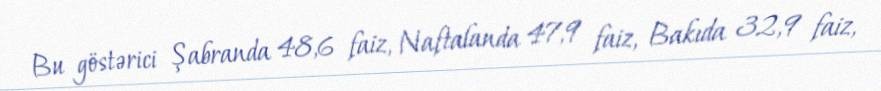
Bu göstərici Şabranda 48,6 faiz, Naftalanda 47,9 faiz, Bakıda 32,9 faiz,